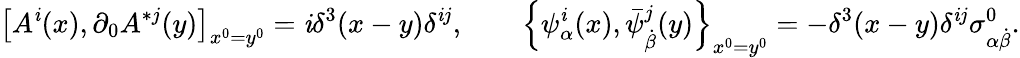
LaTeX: \left[A^{\mathit{i}}(x),\partial_{0}A^{*j}(y)\right]_{x^{0}=y^{0}}=\mathit{i}\delta^{3}(x-y)\delta^{\mathit{i}j},\qquad\left\{ \psi_{\alpha}^{\mathit{i}}(x),\bar{{\psi}}_{\dot{{\beta}}}^{j}(y)\right\} _{x^{0}=y^{0}}=-\delta^{3}(x-y)\delta^{\mathit{i}j}\sigma_{\alpha\dot{{\beta}}}^{0}.